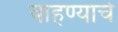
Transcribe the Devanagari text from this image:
वाहण्याचे